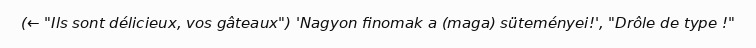
(← "Ils sont délicieux, vos gâteaux") 'Nagyon finomak a (maga) süteményei!', "Drôle de type !"